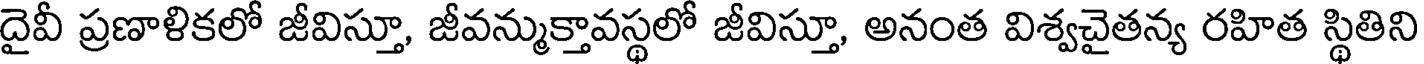
దైవీ ప్రణాళికలో జీవిస్తూ, జీవన్ముక్తావస్థలో జీవిస్తూ, అనంత విశ్వచైతన్య రహిత స్థితిని